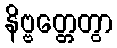
နိဗ္ဗတ္တေတွာ